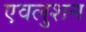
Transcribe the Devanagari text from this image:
एवलुशन